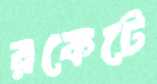
রকেটে